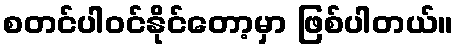
စတင်ပါဝင်နိုင်တော့မှာ ဖြစ်ပါတယ်။